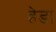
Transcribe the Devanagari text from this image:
हेडा